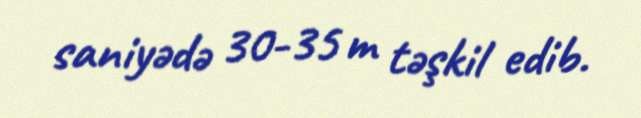
saniyədə 30-35 m təşkil edib.